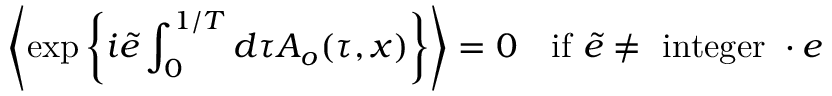
\left\langle \exp \left\{ i \tilde { e } \int _ { 0 } ^ { 1 / T } d \tau A _ { o } ( \tau , x ) \right\} \right\rangle = 0 ~ ~ ~ \mathrm { i f } ~ \tilde { e } \neq ~ \mathrm { i n t e g e r } ~ \cdot e \nonumber